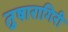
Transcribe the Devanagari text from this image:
तुषारागिरी